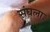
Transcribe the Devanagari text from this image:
संघला